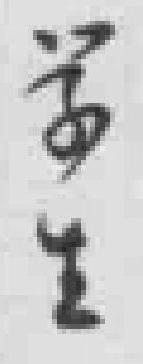
学生